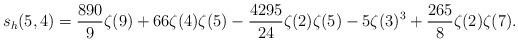
LaTeX: \begin{align*} s_h(5,4) = \frac{890}{9}\zeta(9) +66\zeta(4)\zeta(5) -\frac{4295}{24}\zeta(2)\zeta(5) -5\zeta(3)^3 +\frac{265}{8} \zeta(2)\zeta(7).\end{align*}